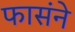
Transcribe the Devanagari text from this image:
फासंने